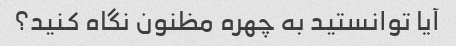
آیا توانستید به چهره مظنون نگاه کنید؟